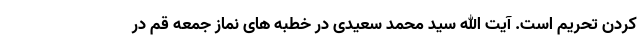
کردن تحریم است. آیت الله سید محمد سعیدی در خطبه های نماز جمعه قم در